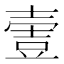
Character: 𡔹